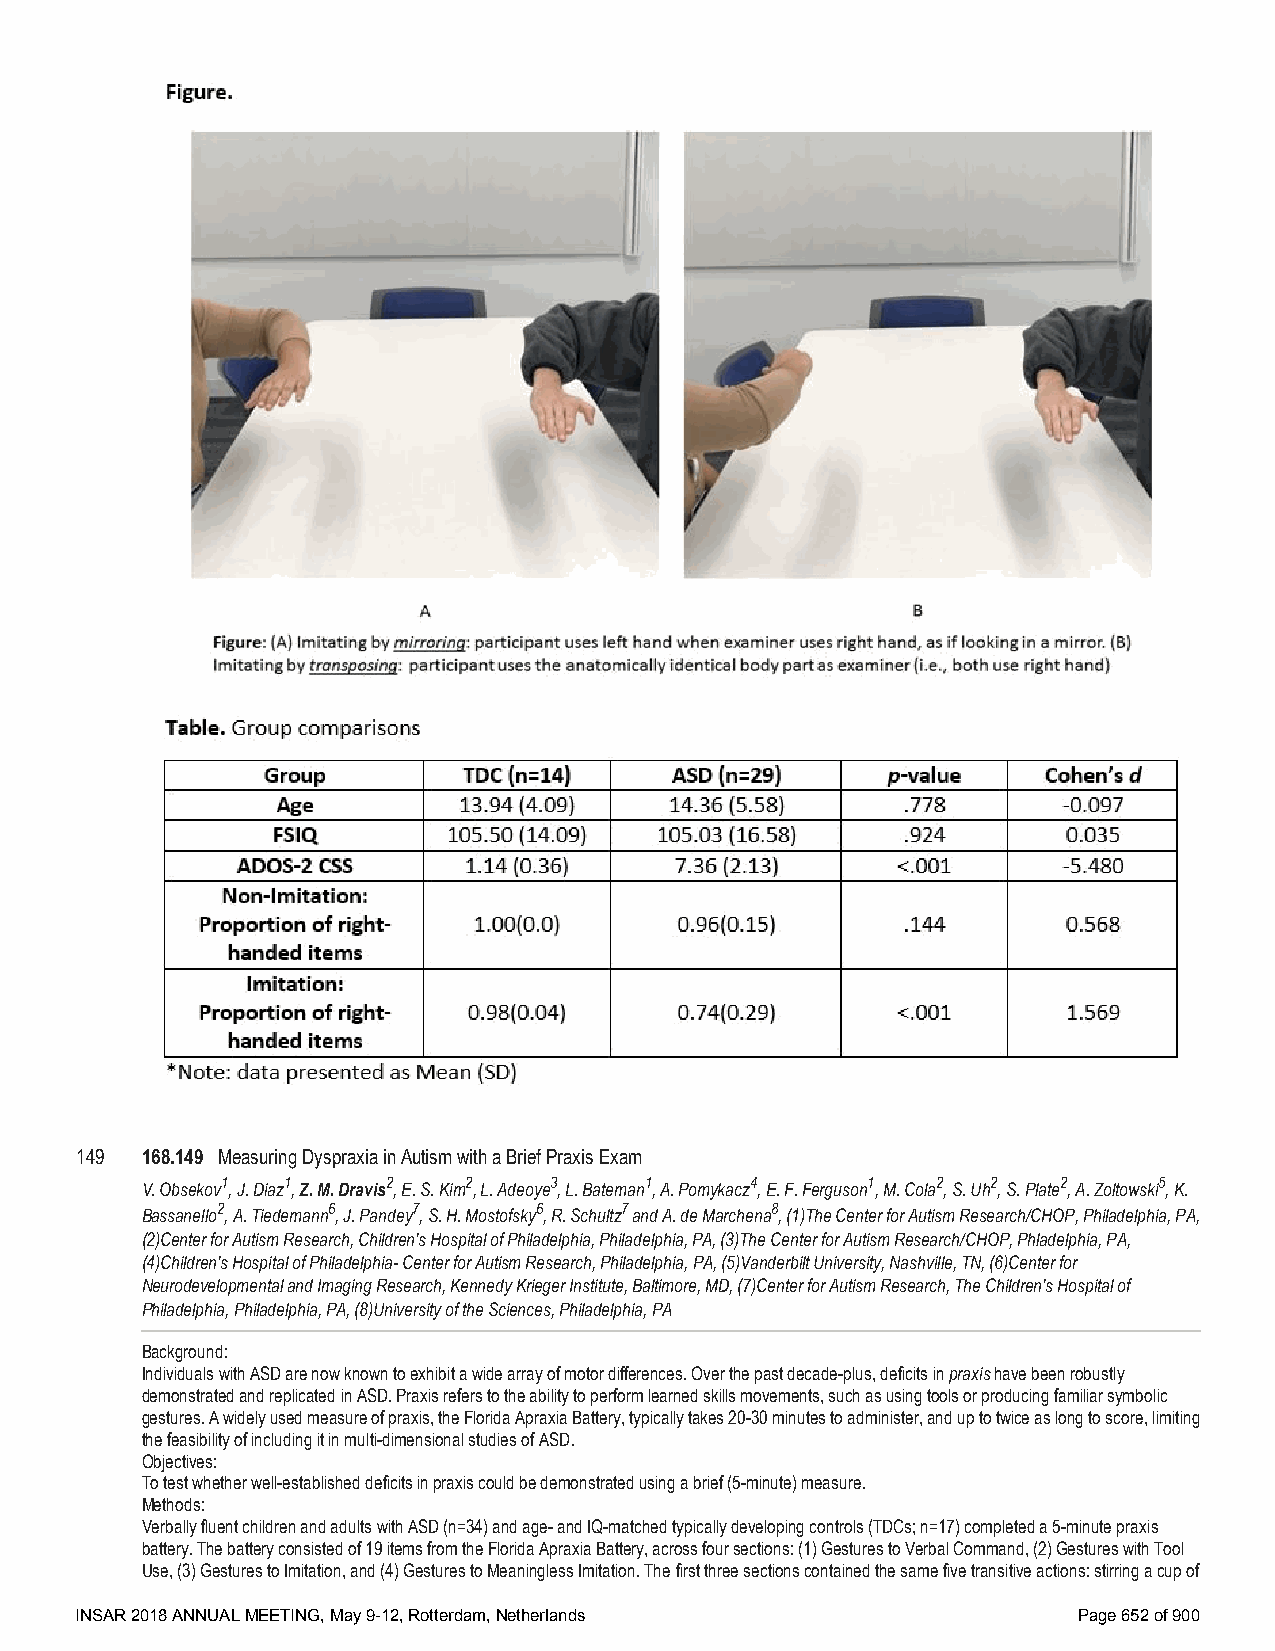
149 168.149 Measuring Dyspraxia in Autism with a Brief Praxis Exam
 V. Obsekov1, J. Diaz1, Z. M. Dravis2, E. S. Kim2, L. Adeoye3, L. Bateman1, A. Pomykacz4, E. F. Ferguson1, M. Cola2, S. Uh2, S. Plate2, A. Zoltowski5, K.
 Bassanello2, A. Tiedemann6, J. Pandey7, S. H. Mostofsky6, R. Schultz7 and A. de Marchena8, (1)The Center for Autism Research/CHOP, Philadelphia, PA,
 (2)Center for Autism Research, Children's Hospital of Philadelphia, Philadelphia, PA, (3)The Center for Autism Research/CHOP, Phladelphia, PA,
 (4)Children's Hospital of Philadelphia- Center for Autism Research, Philadelphia, PA, (5)Vanderbilt University, Nashville, TN, (6)Center for
 Neurodevelopmental and Imaging Research, Kennedy Krieger Institute, Baltimore, MD, (7)Center for Autism Research, The Children's Hospital of
 Philadelphia, Philadelphia, PA, (8)University of the Sciences, Philadelphia, PA
 Background:
 Individuals with ASD are now known to exhibit a wide array of motor differences. Over the past decade-plus, deficits in praxis have been robustly
 demonstrated and replicated in ASD. Praxis refers to the ability to perform learned skills movements, such as using tools or producing familiar symbolic
 gestures. A widely used measure of praxis, the Florida Apraxia Battery, typically takes 20-30 minutes to administer, and up to twice as long to score, limiting
 the feasibility of including it in multi-dimensional studies of ASD.
 Objectives:
 To test whether well-established deficits in praxis could be demonstrated using a brief (5-minute) measure.
 Methods:
 Verbally fluent children and adults with ASD (n=34) and age- and IQ-matched typically developing controls (TDCs; n=17) completed a 5-minute praxis
 battery. The battery consisted of 19 items from the Florida Apraxia Battery, across four sections: (1) Gestures to Verbal Command, (2) Gestures with Tool
 Use, (3) Gestures to Imitation, and (4) Gestures to Meaningless Imitation. The first three sections contained the same five transitive actions: stirring a cup of
 INSAR 2018 ANNUAL MEETING, May 9-12, Rotterdam, Netherlands       Page 652 of 900